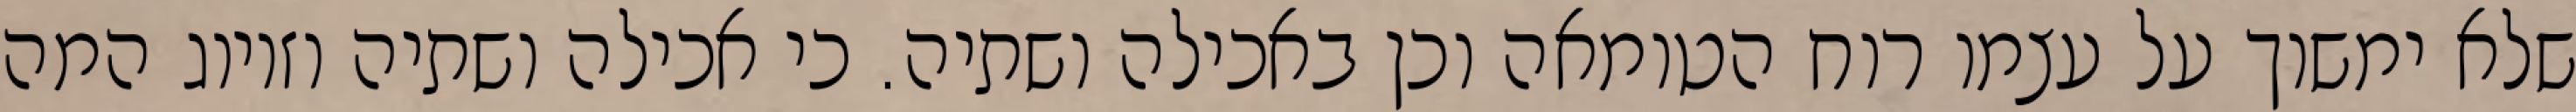
שלא ימשוך על עצמו רוח הטומאה וכן באכילה ושתיה. כי אכילה ושתיה וזיווג המה